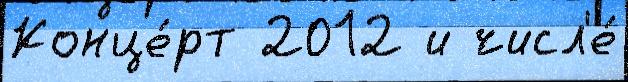
Конце́рт 2012 и числ'е́